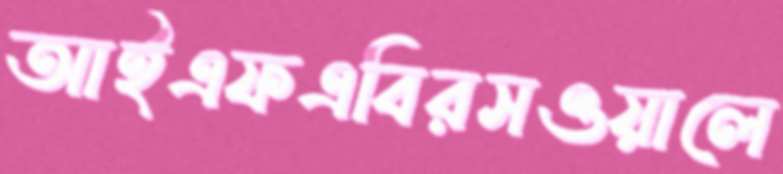
আইএফএবিরসওয়ালে